Epidemic dropsy in Calcutta - Number 49
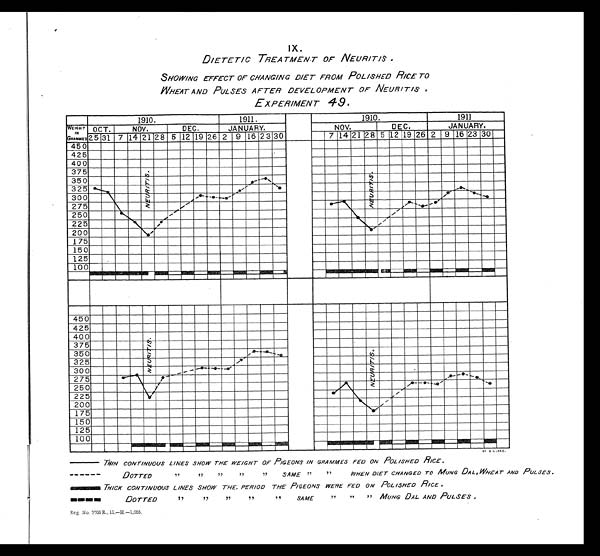
IX.
DIETETIC TREATMENT OF NEURITIS .
SHOWING EFFECT OF CHANGING DIET FROM POLISHED RICE TO
WHEAT AND PULSES AFTER DEVELOPMENT OF NEURITIS,
EXPERIMENT 49
THIN CONTINUOUS LINES SHOW THE WEIGHT OF PIGEONS IN GRAMMES FED ON POLISHED RICE.
DOTTED
,,
,,
,,
,,
,,
SAME ,, ,,
WHEN DIET CHANGED TO MUNG DAL,WHEAT AND PULSES.
THICK CONTINUOUS LINES SHOW THE, PERIOD THE PIGEONS WERE FED ON POLISHED RICE.
DOTTED
,, ,,
,,
,,
,,
SAME
,, ,,
,, MUNG DAL AND PULSES,
Reg. No. 3705E., 11.—H.—1,055,